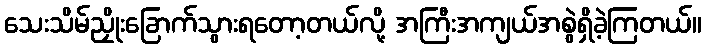
သေးသိမ်ညှိုးခြောက်သွားရတော့တယ်လို့ အကြီးအကျယ်အစွဲရှိခဲ့ကြတယ်။